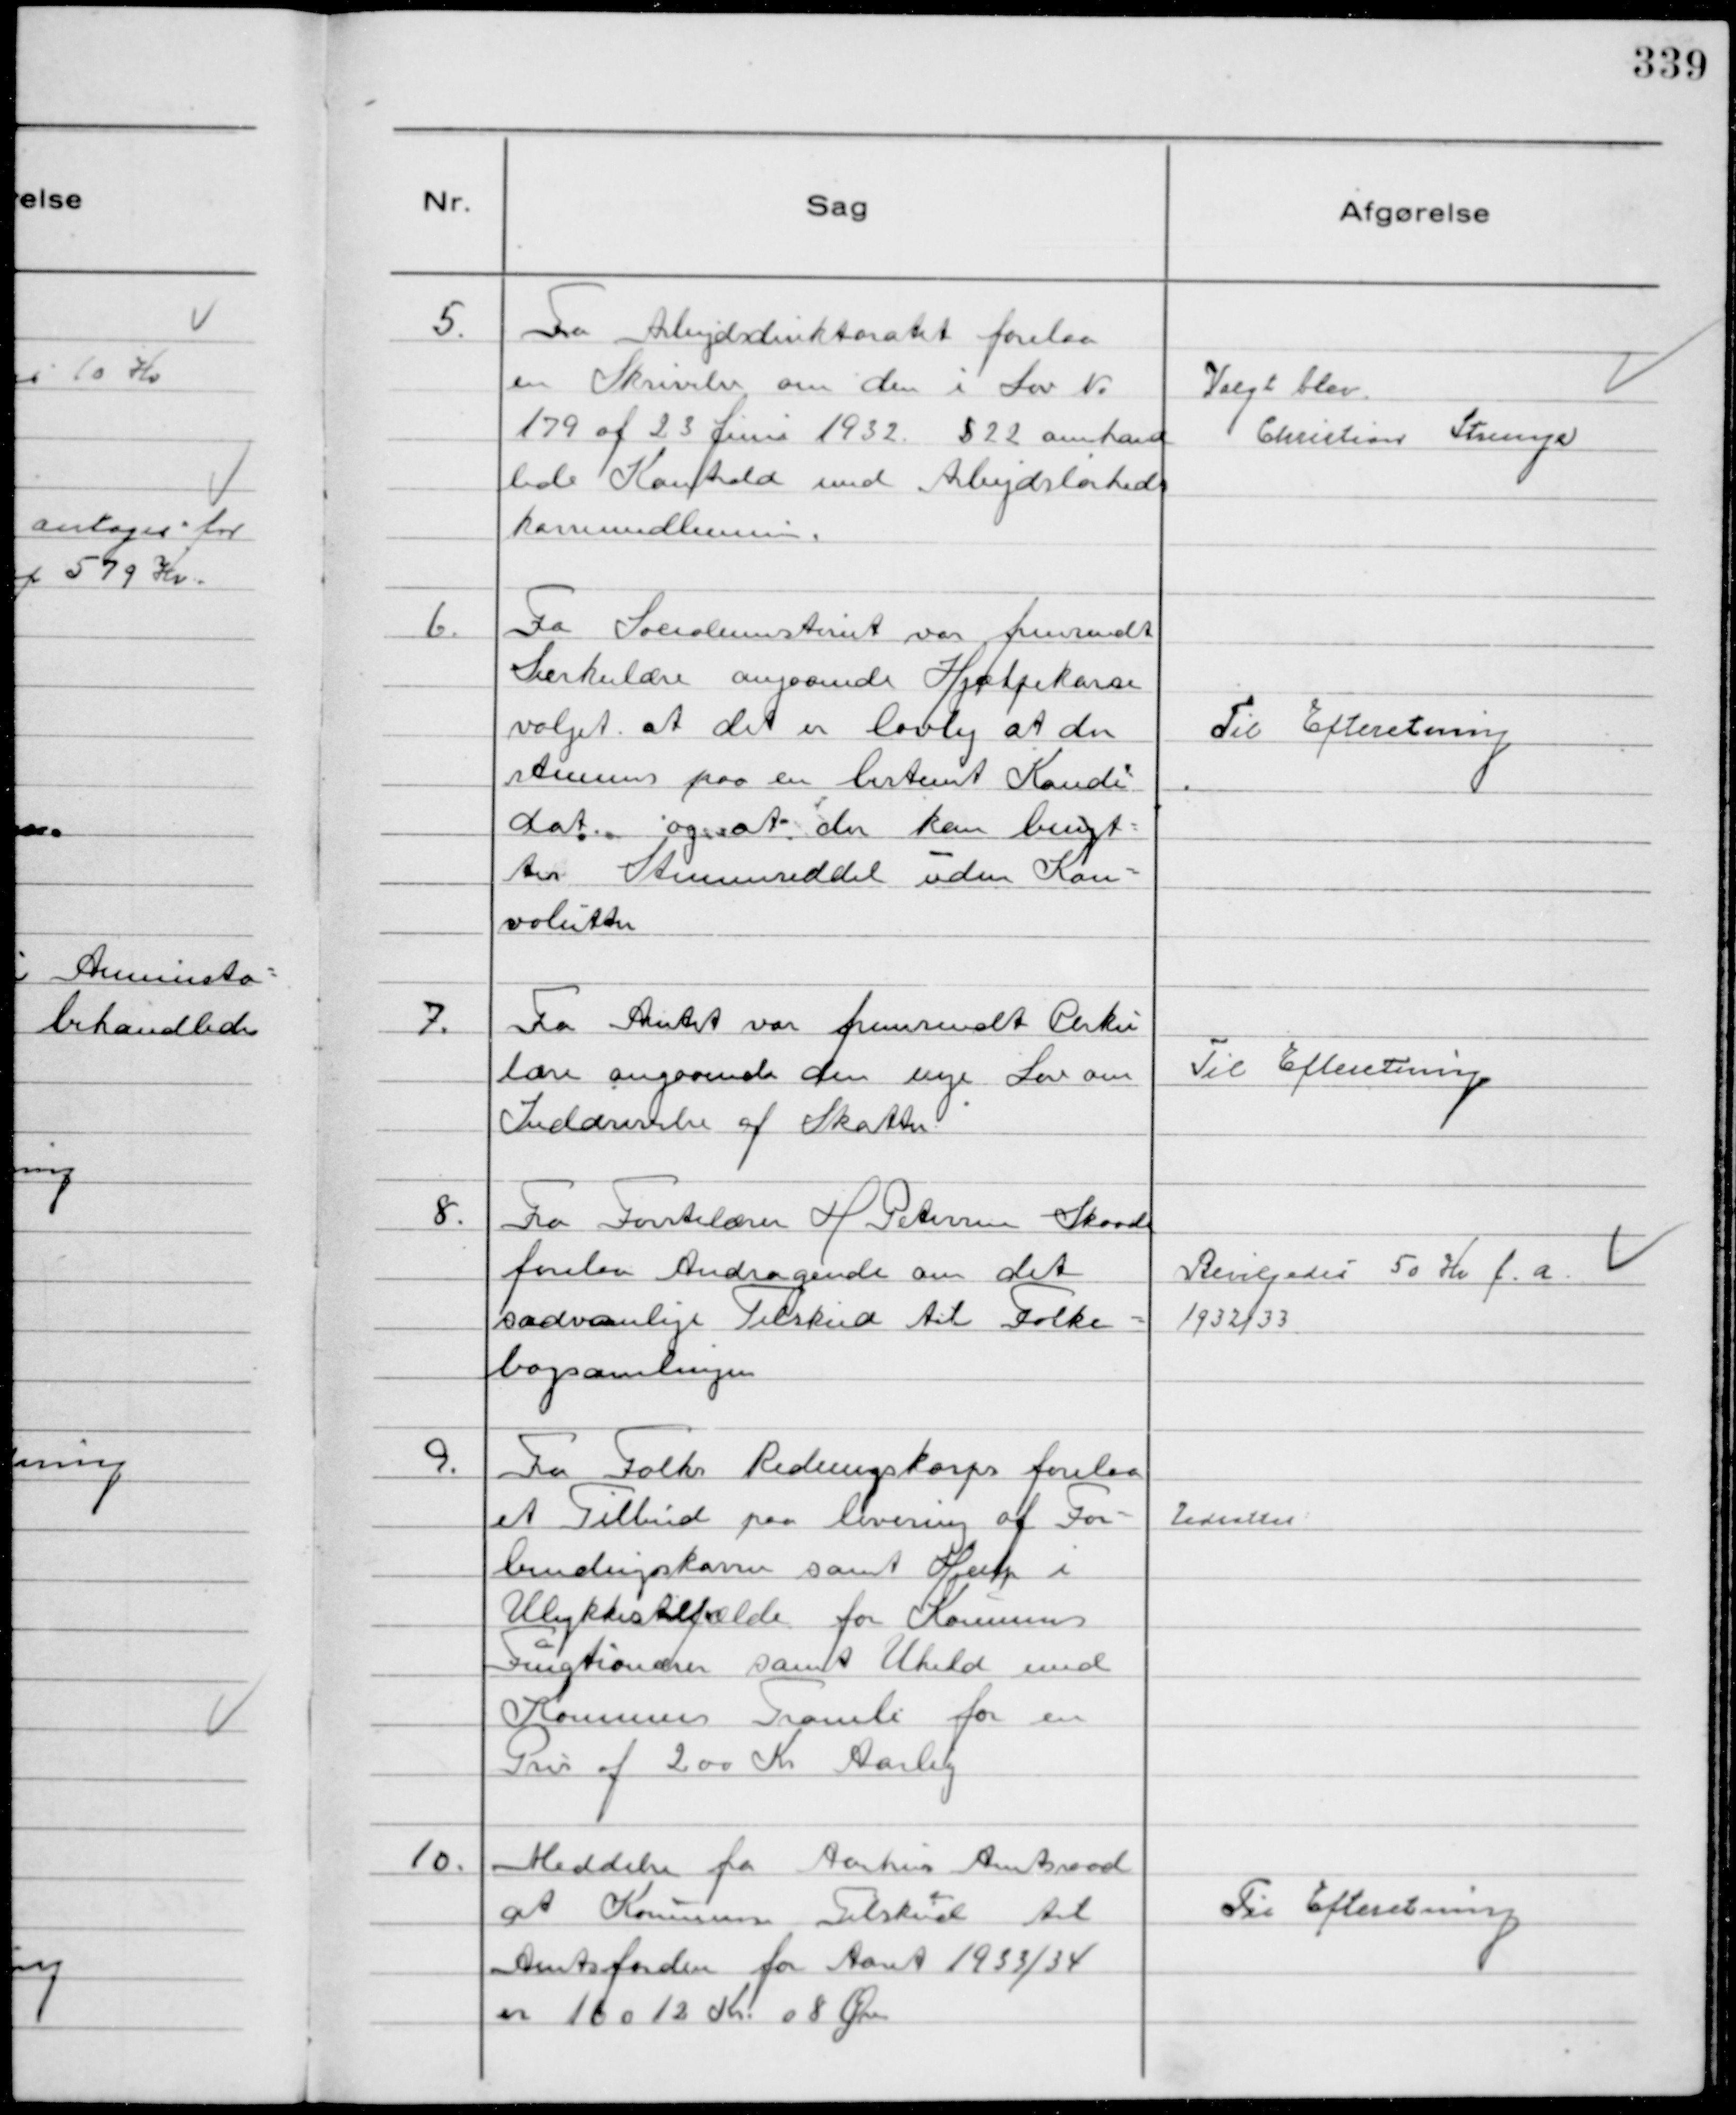
Transskription:
5.
Fra Arbejdsdirektoratet forelaa
en Skrivelse om den i Lov №
179 af 23 Juni 1932 § 22 omhand
lede Kontrold med Arbejdsløsheds
kassemedlemmerne.

Valgt blev
Christian Strunge

6.
Fra Socialministeriet var fremsendt
Sirkulære angaaende Hjælpekasse
valget at det er lovlig at der
stemmes paa en bestemt Kandi
dat og at der kan benyt-
tes Stemmeseddel uden Kon-
volutter

Til Efteretning

7.
Fra Amtet var Fremsendt Cirku
lære angaaende den nye Lov om
Inddrivelse af Skatter

Til Efteretning

8.
Fra Førstelærer H Petersen Skaade
forelaa Andragende om det
sædvanlige Tilskud til Folke-
bogsamlingen

Bevilgedes 50 Kr f. a.
1932/33

9.
Fra Falks Redningskorps forelaa
et Tilbud paa levering af For-
bindingskasser samt Hjælp i
Ulykkestilfælde for Kommunens
Fungtionærer samt Uheld med
Kommunens Tromle for en
Pris af 200 Kr Aarlig

Udsattes

10.
Meddelse fra Aarhus Amtsraad
at Kommunens Tilskud til
Amtsfonden for Aaret 1933/34
er 16012 Kr. 08 Øre

Til Efteretning